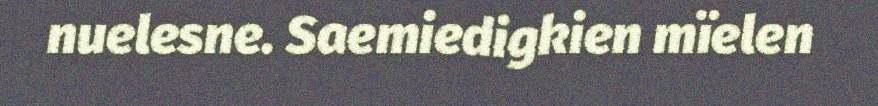
nuelesne. Saemiedigkien mïelen